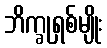
ဘိက္ခုရှစ်မျိုး